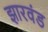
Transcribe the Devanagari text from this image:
झारवंड